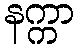
နက္ကာ